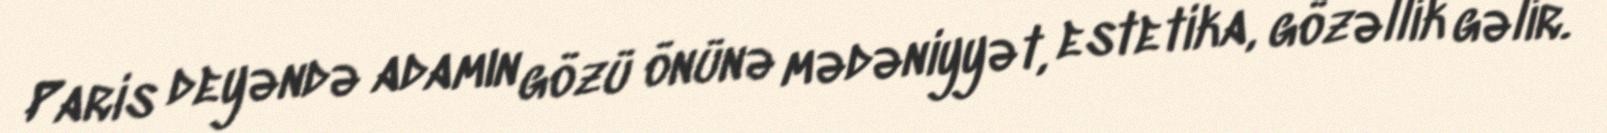
Paris deyəndə adamın gözü önünə mədəniyyət, estetika, gözəllik gəlir.